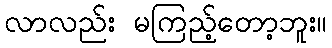
လာလည်း မကြည့်တော့ဘူး။